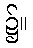
၌။